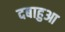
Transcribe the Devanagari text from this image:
दबाहुआ